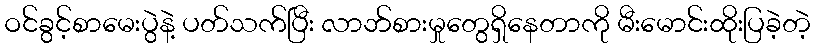
ဝင်ခွင့်စာမေးပွဲနဲ့ ပတ်သက်ပြီး လာဘ်စားမှုတွေရှိနေတာကို မီးမောင်းထိုးပြခဲ့တဲ့